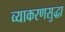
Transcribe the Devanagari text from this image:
व्याकरणसुद्धा